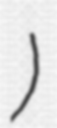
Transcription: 恩平湖)